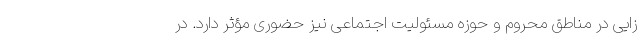
زایی در مناطق محروم و حوزه مسئولیت اجتماعی نیز حضوری مؤثر دارد. در